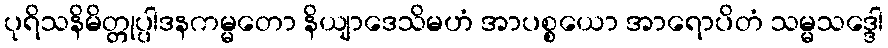
ပုရိသနိမိတ္တုပ္ပါဒနကမ္မတော နိယျာဒေသိမဟံ အာပစ္စယော အာရောပိတံ သမ္မသဒ္ဒေါ